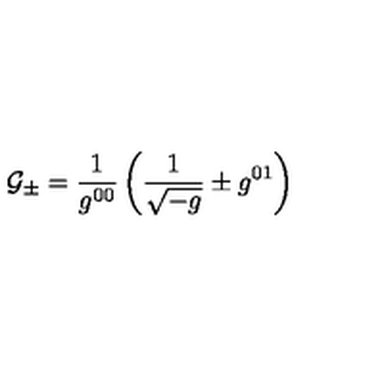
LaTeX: { \cal G _ { \pm } } = { \frac { 1 } { g ^ { 0 0 } } } \left( { \frac { 1 } { \sqrt { - g } } } \pm g ^ { 0 1 } \right)